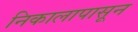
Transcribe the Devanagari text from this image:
निकालापासून